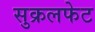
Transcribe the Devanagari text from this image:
सुक्रलफेट